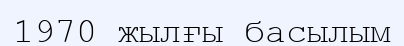
1970 жылғы басылым